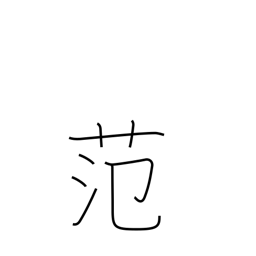
Meaning: casting mould